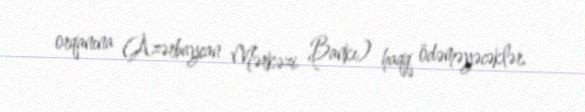
orqanına (Azərbaycan Mərkəzi Bankı) haqq ödəməyəcəklər.